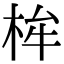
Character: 桙